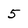
Character: 5